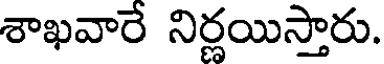
శాఖవారే నిర్ణయిస్తారు.